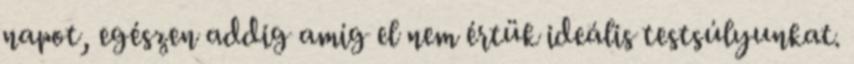
napot, egészen addig amíg el nem értük ideális testsúlyunkat.